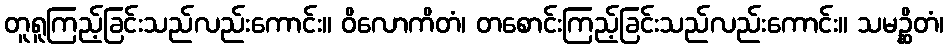
တူရူကြည့်ခြင်းသည်လည်းကောင်း။ ဝိလောကိတံ၊ တစောင်းကြည့်ခြင်းသည်လည်းကောင်း။ သမဉ္ဆိတံ၊